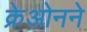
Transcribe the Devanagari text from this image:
क्रेओनने